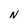
Character: N